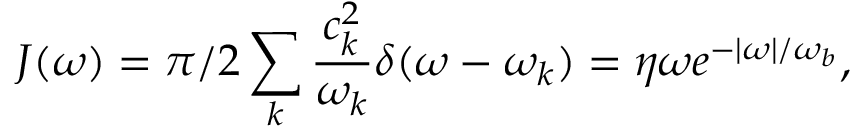
J ( \omega ) = \pi / 2 \sum _ { k } \frac { c _ { k } ^ { 2 } } { \omega _ { k } } \delta ( \omega - \omega _ { k } ) = \eta \omega e ^ { - | \omega | / \omega _ { b } } ,